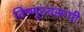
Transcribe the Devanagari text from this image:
विष्णूस्वरूपी